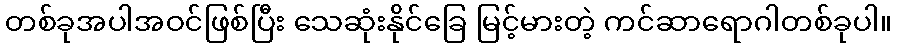
တစ်ခုအပါအဝင်ဖြစ်ပြီး သေဆုံးနိုင်ခြေ မြင့်မားတဲ့ ကင်ဆာရောဂါတစ်ခုပါ။